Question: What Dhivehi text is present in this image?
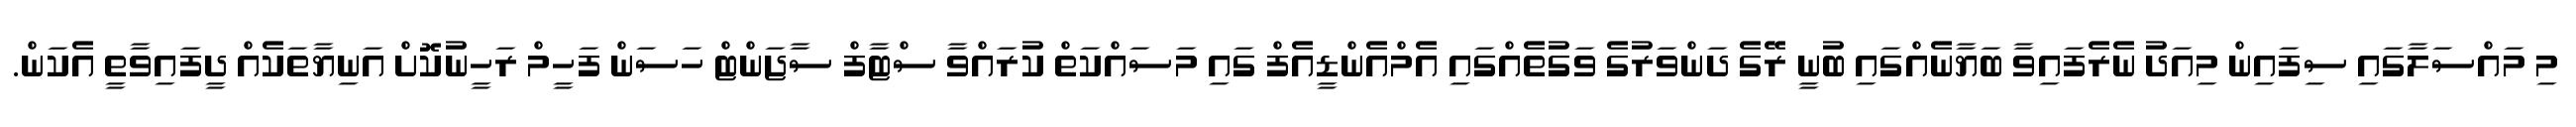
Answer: މި މައްސަލާގައި ސިފައިން މިއަދު ނެރެފައިވާ ބަޔާނެއްގައި ބުނީ ރޭގެ ދަންވަރުގެ ވަގުތެއްގައި އެމްއެންޑީއެފް ގައި މަސައްކަތް ކުރައްވާ ސްޓާފް ސާޖަންޓް ހަސަން ފަހީމް ރަހީނުކޮށް އަނިޔާތަކެއް ދީފައިވާތީ އެކަން.